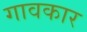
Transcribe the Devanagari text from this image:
गावकार